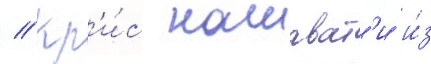
// Кр'и́с нашават'и и́з